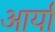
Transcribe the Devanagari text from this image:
अार्या